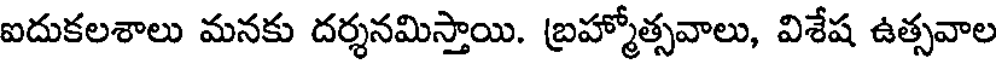
ఐదుకలశాలు మనకు దర్శనమిస్తాయి. బ్రహ్మోత్సవాలు, విశేష ఉత్సవాల